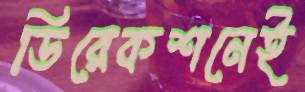
ডিরেকশনেই